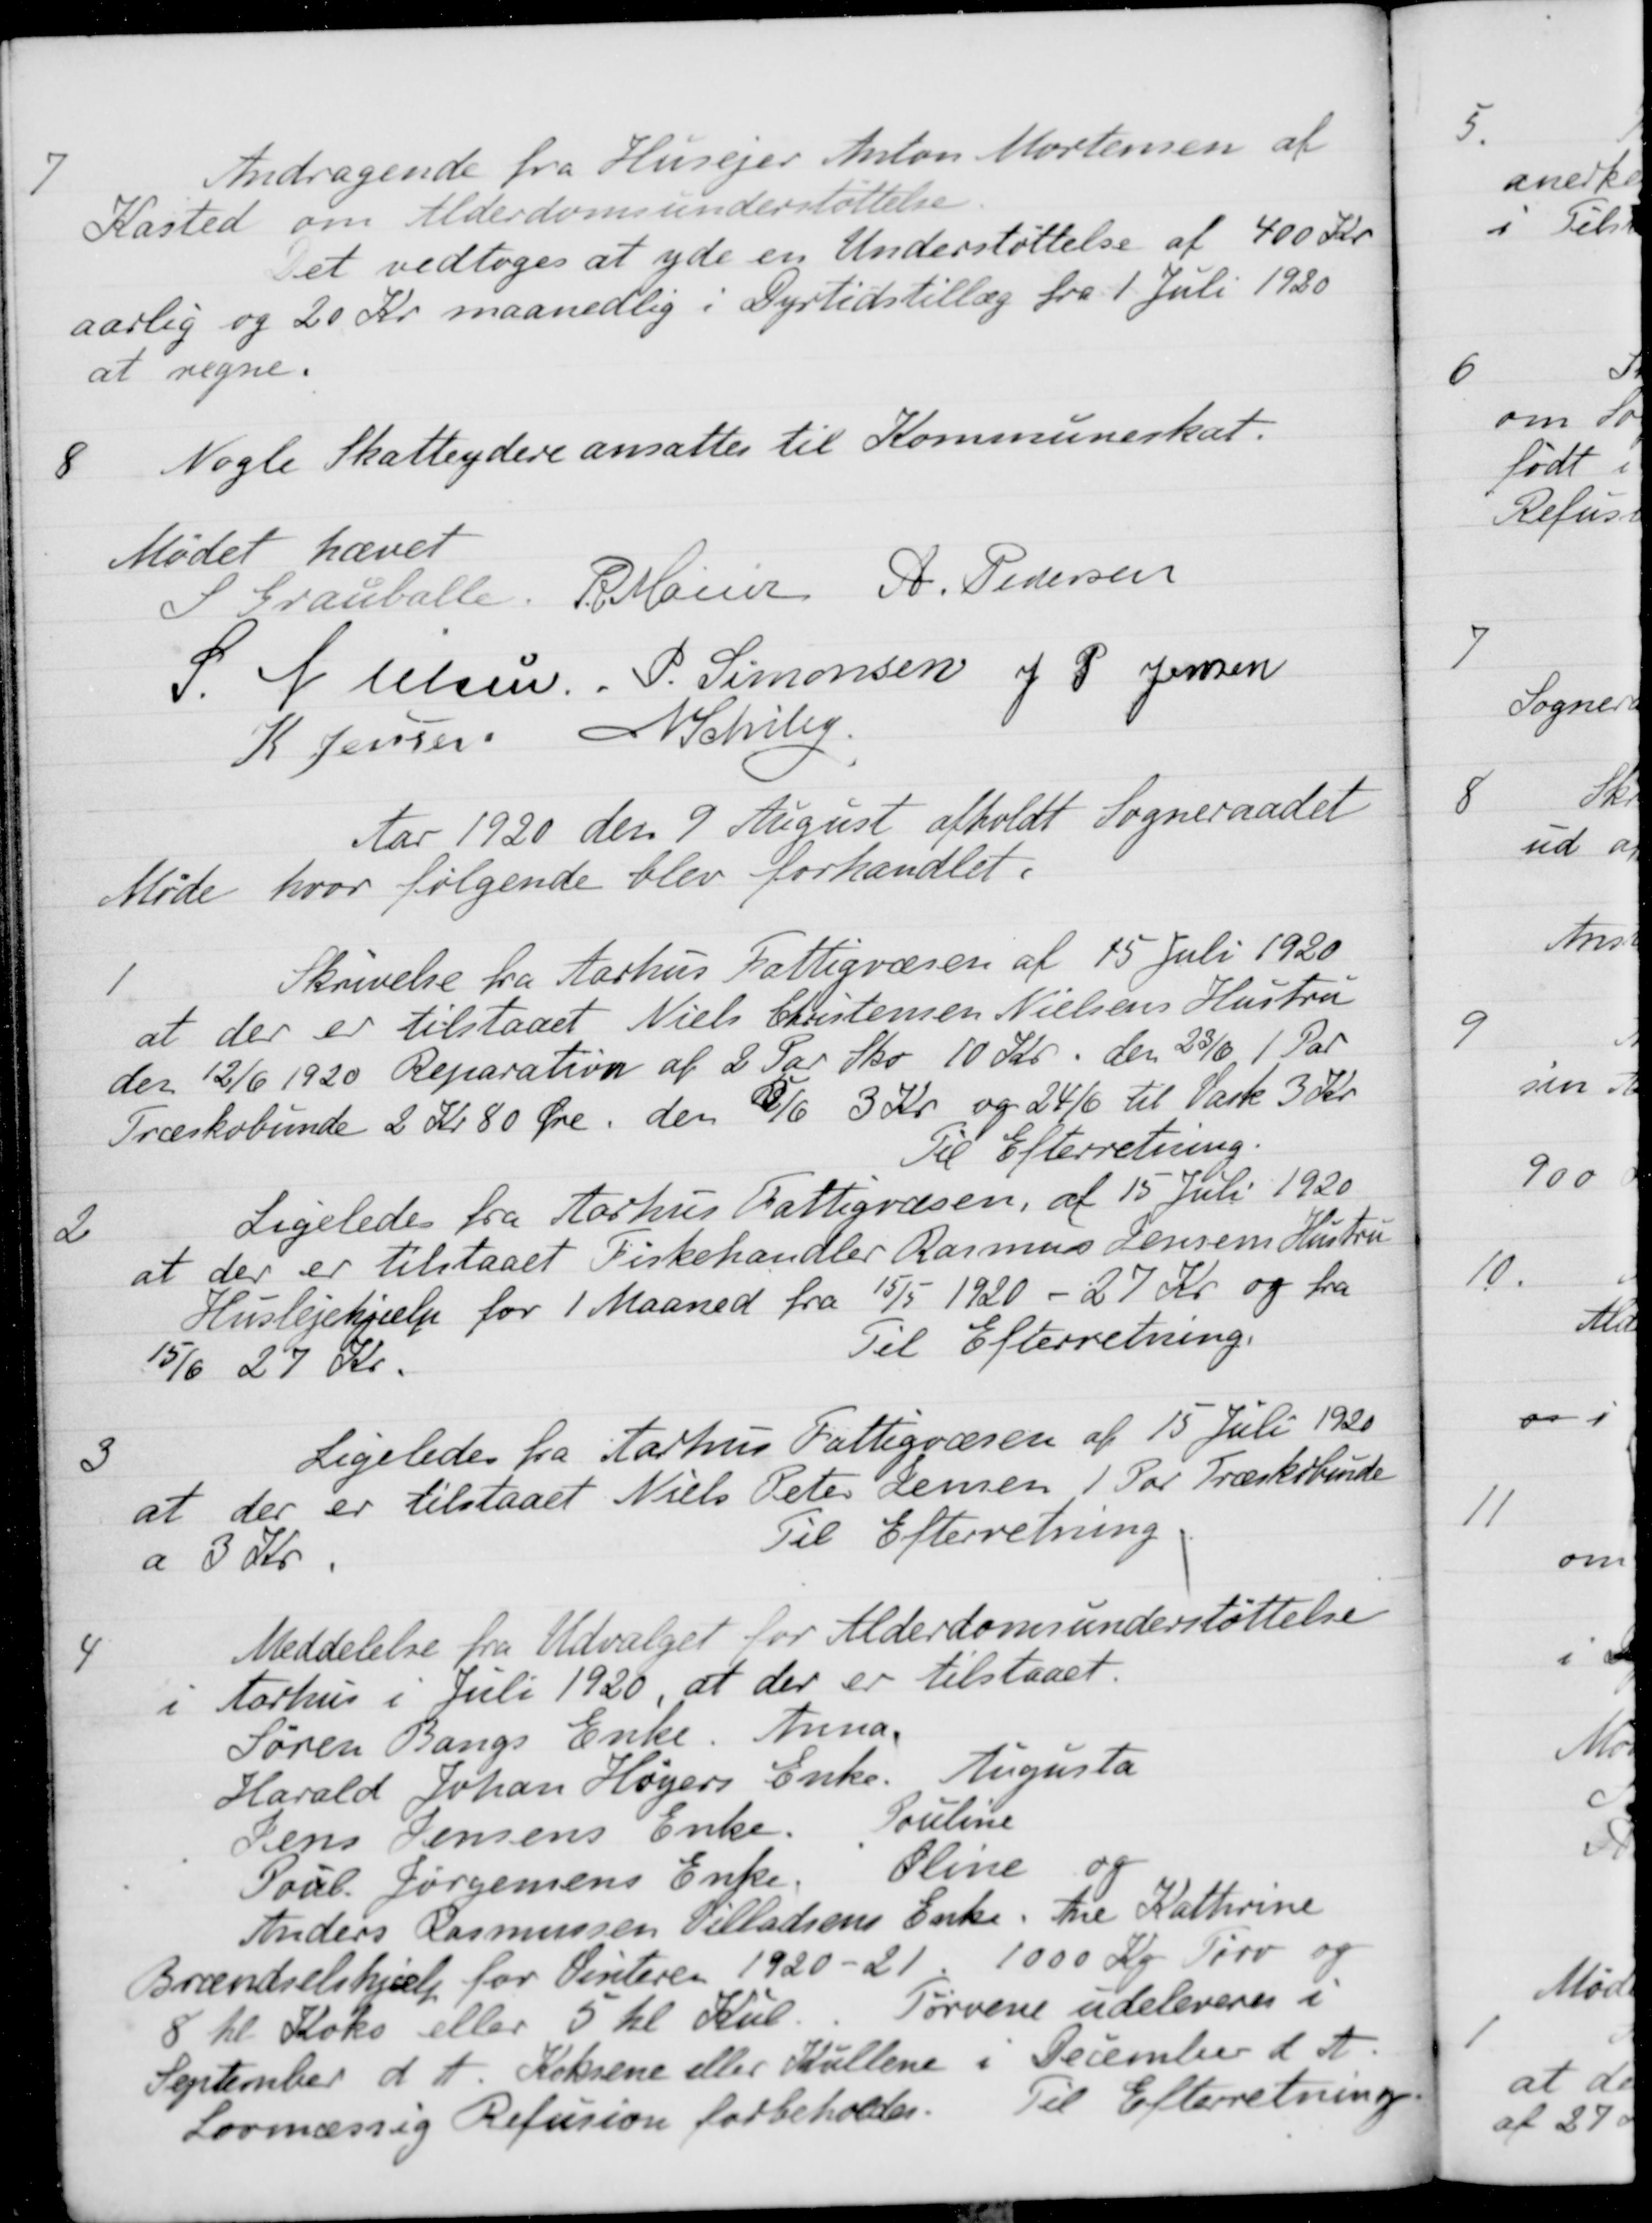
Transskription:
7
Andragende fra Husejer Anton Mortensen af
Kasted om Alderdomsunderstøttelse.
Det vedtoges at yde en Understøttelse af 400 Kr.
aarlig og 20 Kr maanedlig i Dyrtidstillæg fra 1 Juli 1920
at regne.
8
8 Nogle Skatteydere ansattes til Kommuneskat.
Mødet hævet
S Grauballe
R Møller
A. Pedersen
S Nielsen
P Simonsen
J P Jensen
K Jensen
N. Schiby
Aar 1920 den 9 August afholdt Sogneraadet
Møde hvor følgende blev forhandlet.
1.
Skrivelse fra Aarhus Fattigvæsen af 15 Juli 1920
at der er tilstaaet Niels Christensen Nielsens Hustru
den 12/6 1920 Reparation af 2 Par Sko 10 Kr. den 23/6 1 Par
Træskobunde 2 Kr 80 Øre, den 5/6 3 Kr og 24/6 til Vask 3 Kr.
Til Efterretning.
2
Ligeledes fra Aarhus Fattigvæsen, af 15 Juli 1920
at der er tilstaaet Fiskehandler Rasmus Jensens Hustru
Huslejehjælp for 1 Maaned fra 15/5 1920 - 27 Kr. og fra
15/6 27 Kr.
Til Efterretning.
3
Ligeledes fra Aarhus Fattigvæsen af 15 Juli 1920
at der er tilstaaet Niels Peter Jensen 1 Par Træskobunde
a 3 Kr.
Til Efterretning.
4
Meddelelse fra Udvalget for Alderdomsunderstøttelse
i Aarhus i Juli 1920 at der er tilstaaet.
Søren Bangs Enke. Anna.
Harald Johan Højers Enke Augusta
Jens Jensens Enke. Pouline
Poul Jørgensens Enke Oline og
Anders Rasmussen Villadsens Enke Ane Kathrine
Brændselshjælp for Vinteren 1920-21. 1000 Kg. Tørv o
8 hl til Koks eller 5 hl Kul. Tørvene udeleveres i
September d. A. Koksene eller Kullene i December d. A.
Lovmæssig Refusion forbeholdes.
Til Efterretning.